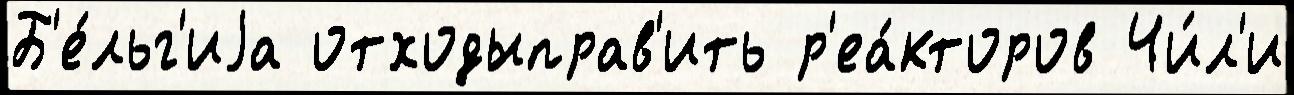
Б'е́льг'иjа отходыправ'ить р'еа́кторов Чи́л'и